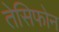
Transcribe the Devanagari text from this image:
तेसिफोन